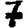
Digit: 7